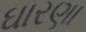
ઘારણા